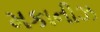
મકાનીઝ